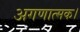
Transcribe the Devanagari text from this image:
अगणात्मक।